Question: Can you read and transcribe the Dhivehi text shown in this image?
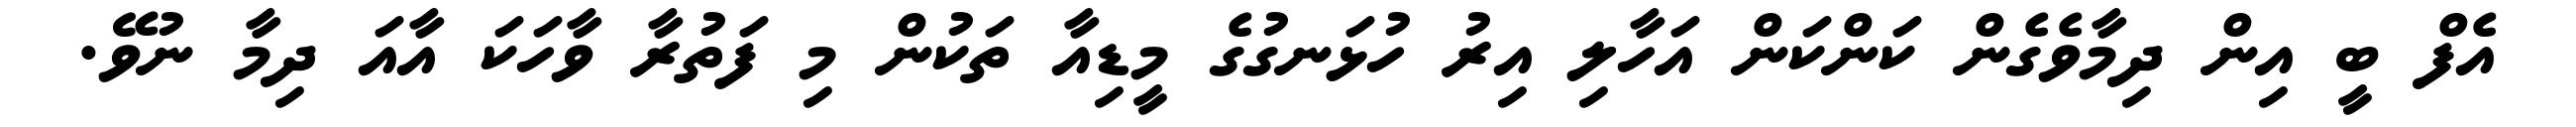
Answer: އެފް ބީ އިން ދިމާވެގެން ކަންކަން އަހާލި އިރު ހުޅަނގުގެ މީޑިއާ ތަކުން މި ފަތުރާ ވާހަކަ އާއަ ދިމާ ނުވޭ.